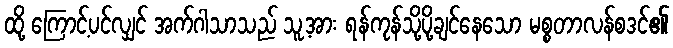
ထို့ ကြောင့်ပင်လျှင် အက်ဂါသာသည် သူ့အား ရန်ကုန်သို့ပို့ချင်နေသော မစ္စတာလန်စဒင်၏